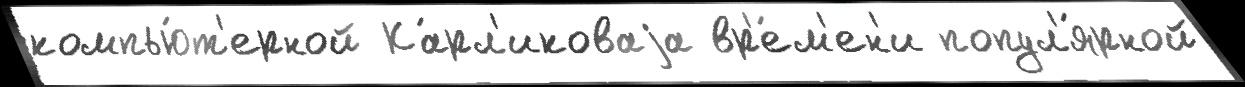
компью́т'ерной Ка́рл'иковаjа вр'е́м'ен'и попул'я́рной